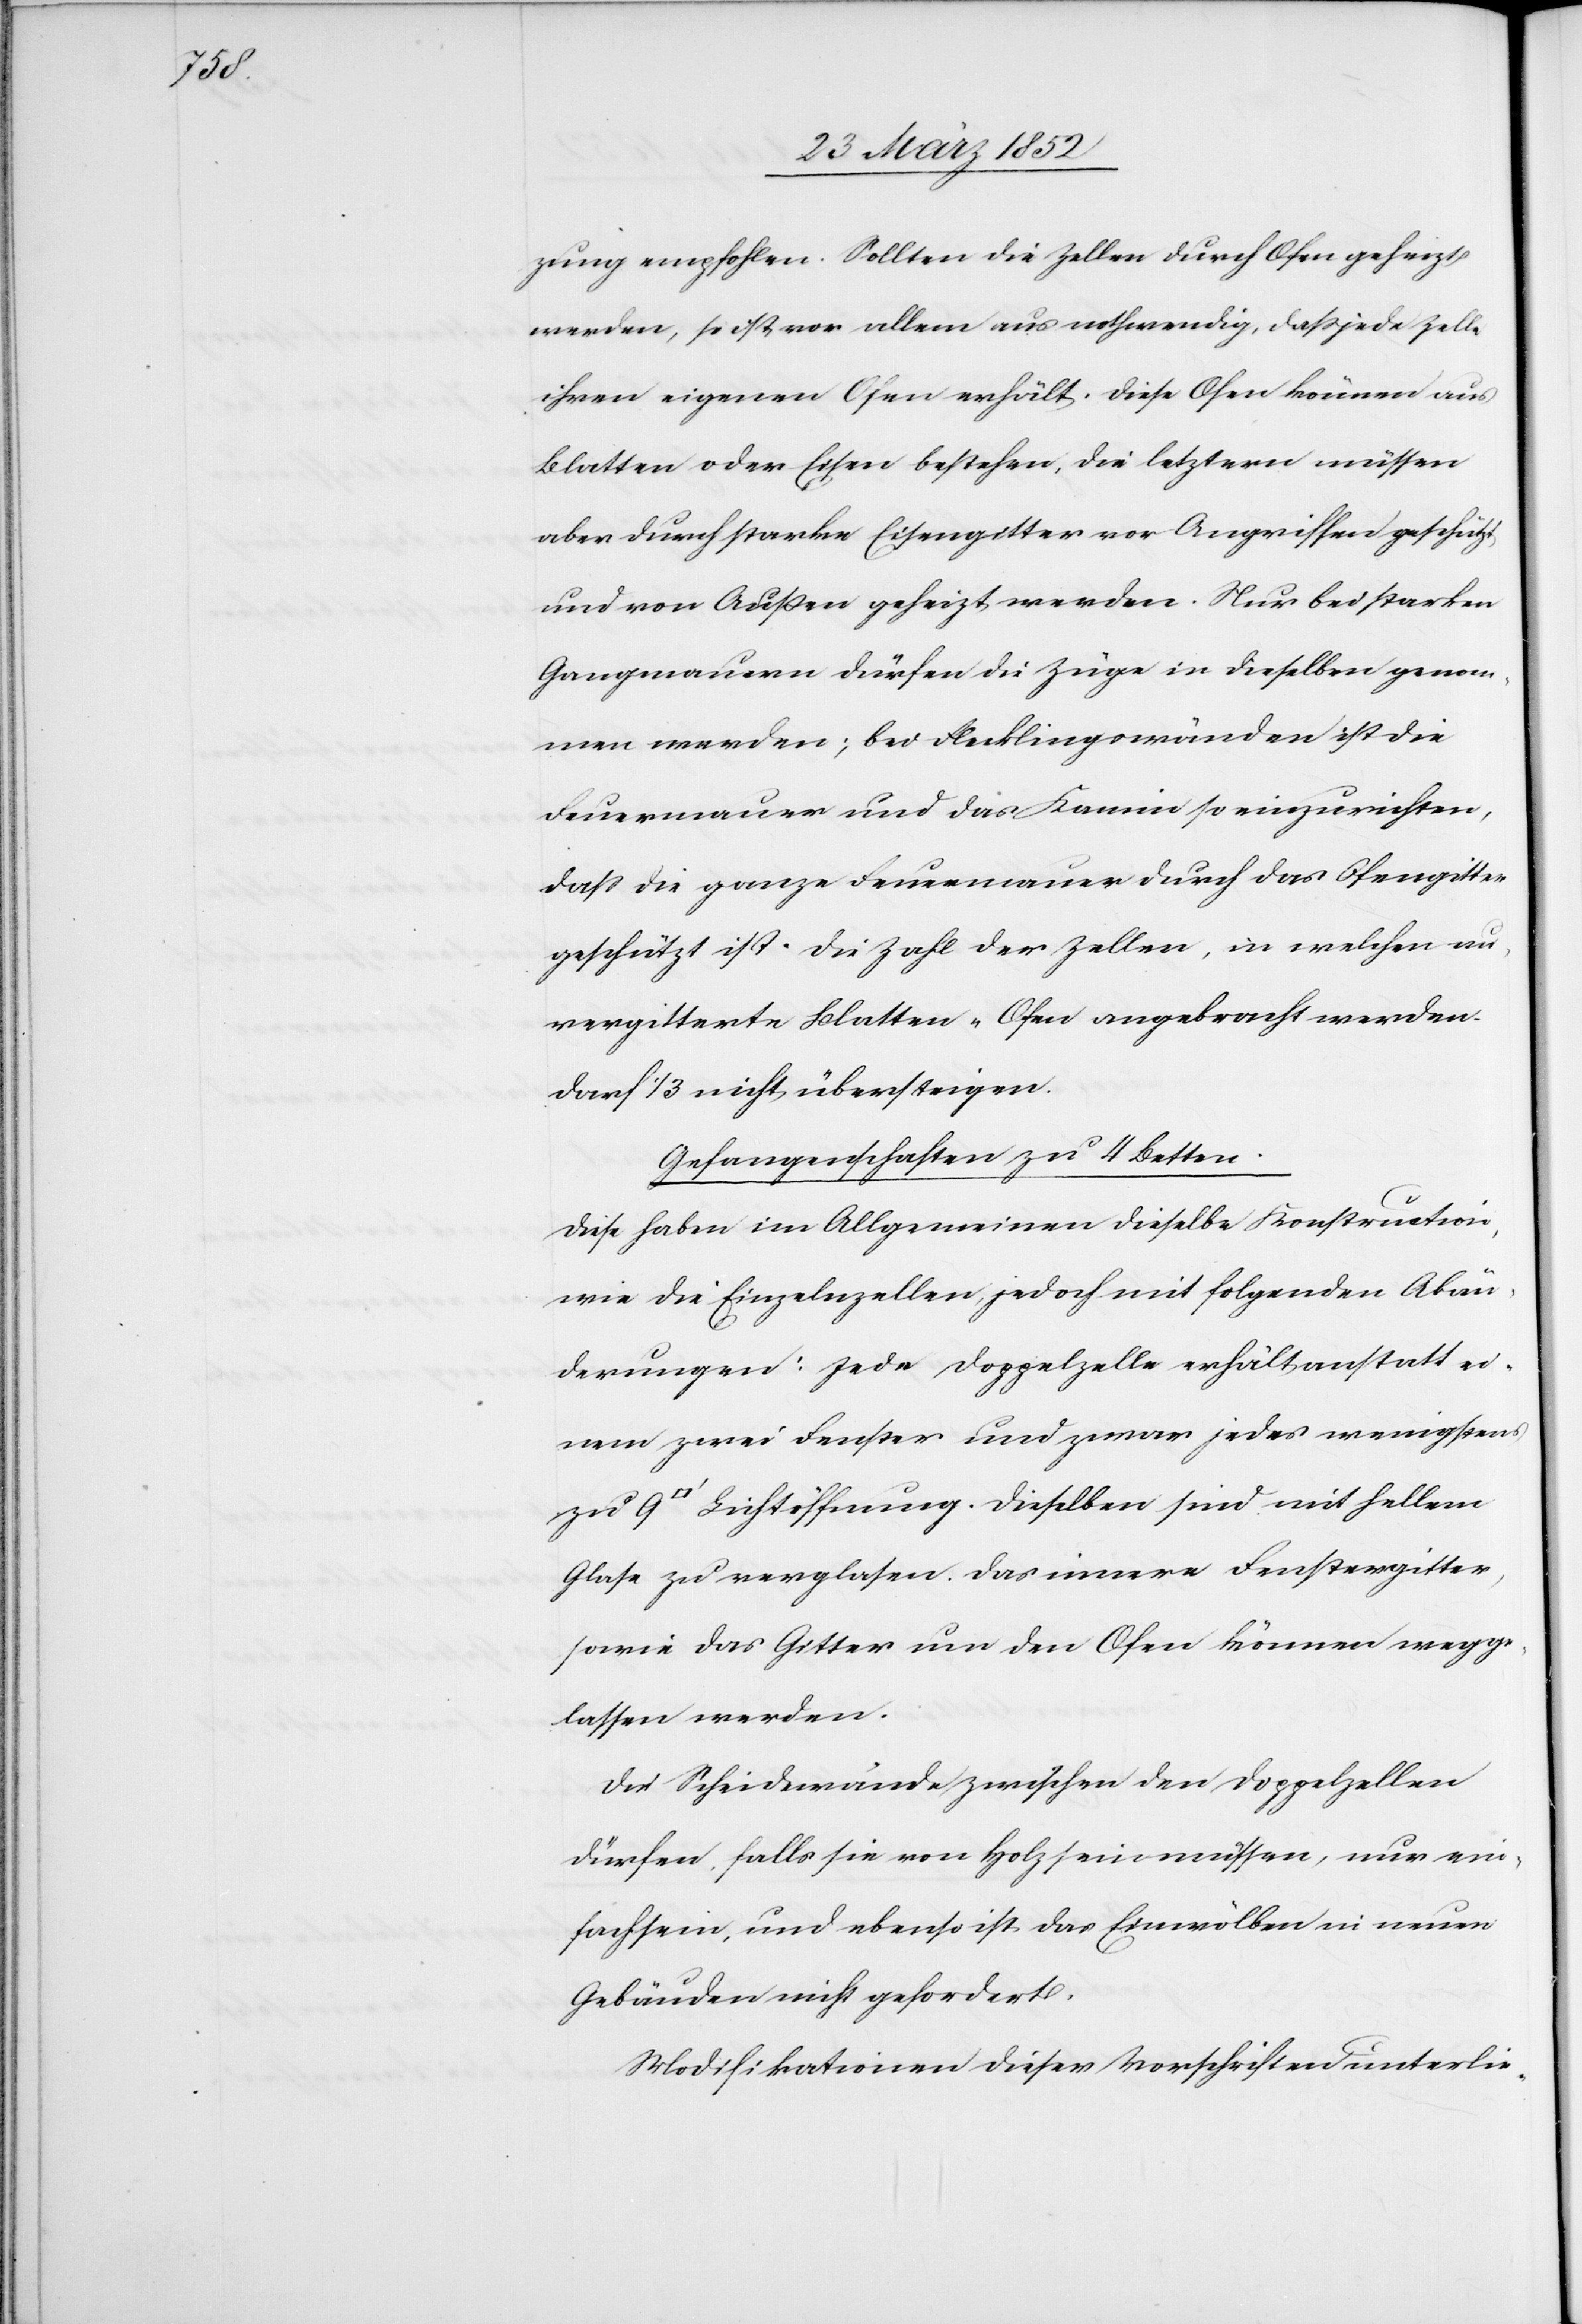
[Quadrat¬

zung empfohlen. Sollten die Zellen durch Ofen geheizt
werden, so ist vor allem aus nothwendig, daß jede Zelle
ihren eigenen Ofen erhält. Diese Ofen können aus
Blatten oder Eisen bestehen, die letztern müssen
aber durch starke Eisengitter vor Angriffen geschützt
und von Außen geheizt werden. Nur bei starken
Gangmauern dürfen die Züge in dieselben genom¬
men werden; bei Flecklingswänden ist die
Feuermauer und das Kamin so einzurichten,
daß die ganze Feuermauer durch das Ofengitter
geschützt ist. Die Zahl der Zellen, in welchen un¬
vergitterte Blatten-Ofen angebracht werden,
darf 1/3 nicht übersteigen.
Gefangenschaften zu 4 Betten.
Diese haben im Allgemeinen dieselbe Konstruction,
wie die Einzelnzellen, jedoch mit folgenden Abän¬
derungen: Jede Doppelzelle erhält anstatt ei¬
nem zwei Fenster und zwar jedes wenigstens
fuss] Lichtöffnung. Dieselben sind mit hellem
Glase zu verglasen. Das innere Fenstergitter,
sowie das Gitter um den Ofen können wegge¬
lassen werden.
Die Scheidewände zwischen den Doppelzellen
dürfen, falls sie von Holz sein müssen, nur ein¬
fach sein, und ebenso ist das Einwölben in neuen
Gebäuden nicht gefordert.
Modifikationen dieser Vorschriften unterlie-